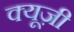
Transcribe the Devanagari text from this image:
क्यूज़ी